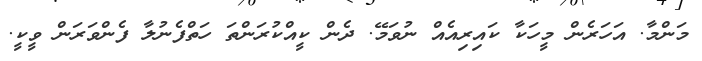
މަންމާ. އަހަރެން މީހަކާ ކައިރިއެއް ނުވަމޭ. ދެން ކީއްކުރަންތަ ހަތްފެނުލާ ފެންވަރަން ވީކީ.